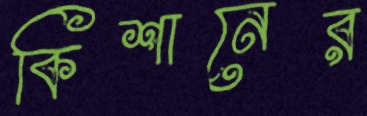
কিশানের